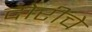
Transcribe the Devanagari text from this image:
दोरीचे